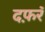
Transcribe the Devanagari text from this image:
दफ़रॅ